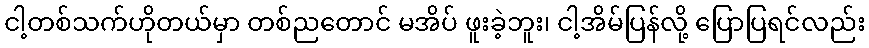
ငါ့တစ်သက်ဟိုတယ်မှာ တစ်ညတောင် မအိပ် ဖူးခဲ့ဘူး၊ ငါ့အိမ်ပြန်လို့ ပြောပြရင်လည်း